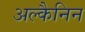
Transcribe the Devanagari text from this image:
अल्कैनिन